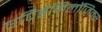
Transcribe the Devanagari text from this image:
एपिडेमिलॉजिक्स